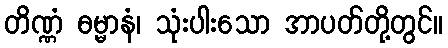
တိဏ္ဏံ ဓမ္မာနံ၊ သုံးပါးသော အာပတ်တို့တွင်။